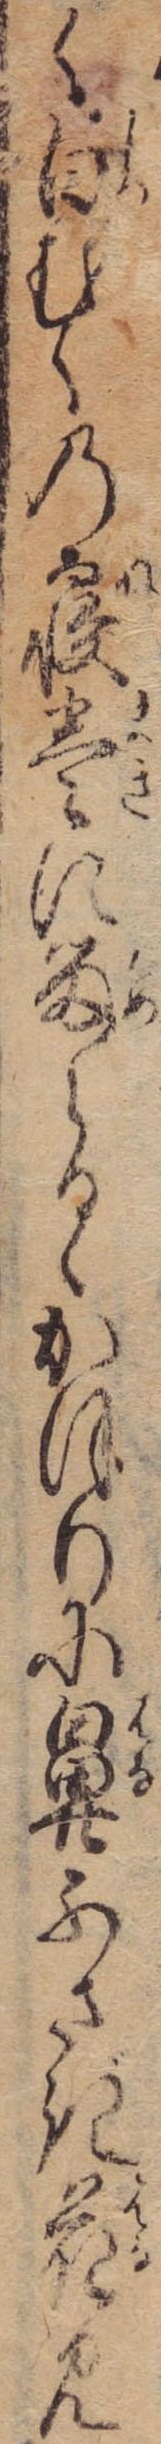
く白むくの寝巻に留らるゝかほりに鼻ふさぎ花見